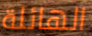
الهائلة